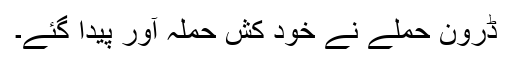
ڈرون حملے نے خود کش حملہ آور پیدا گئے۔